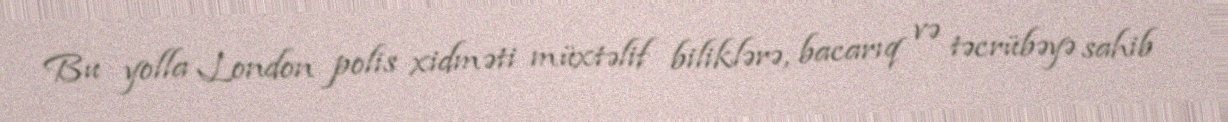
Bu yolla London polis xidməti müxtəlif biliklərə, bacarıq və təcrübəyə sahib